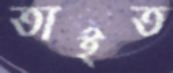
তাইত